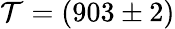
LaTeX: \mathcal{T}=(903\pm 2)